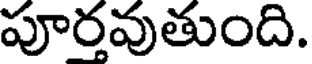
పూరవుతుంది.